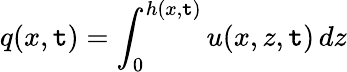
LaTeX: q(x,\mathtt{t})=\int_{0}^{h(x,\mathtt{t})}u(x,z,\mathtt{t})\, dz